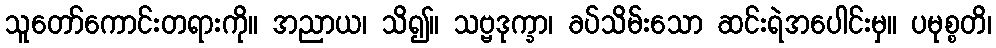
သူတော်ကောင်းတရားကို။ အညာယ၊ သိ၍။ သဗ္ဗဒုက္ခာ၊ ခပ်သိမ်းသော ဆင်းရဲအပေါင်းမှ။ ပမုစ္စတိ၊